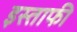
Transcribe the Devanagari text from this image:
इस्ताफी